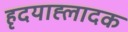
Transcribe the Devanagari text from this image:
हृदयाह्लादक